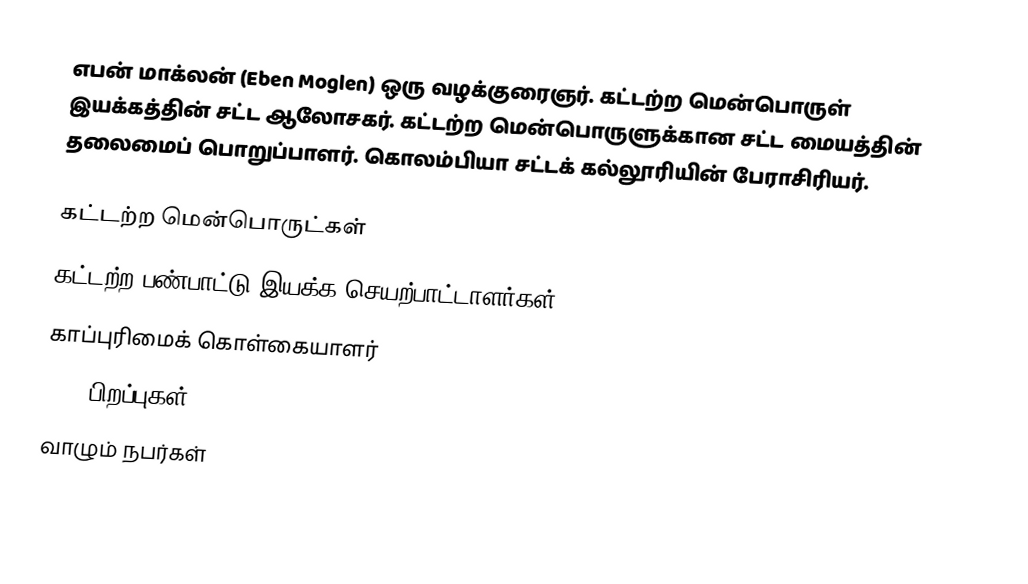
எபன் மாக்லன் (Eben Moglen) ஒரு வழக்குரைஞர். கட்டற்ற மென்பொருள் இயக்கத்தின் சட்ட ஆலோசகர். கட்டற்ற மென்பொருளுக்கான சட்ட மையத்தின்  தலைமைப் பொறுப்பாளர். கொலம்பியா சட்டக் கல்லூரியின் பேராசிரியர்.

கட்டற்ற மென்பொருட்கள்
கட்டற்ற பண்பாட்டு இயக்க செயற்பாட்டாளர்கள்
காப்புரிமைக் கொள்கையாளர்
1959 பிறப்புகள்
வாழும் நபர்கள்